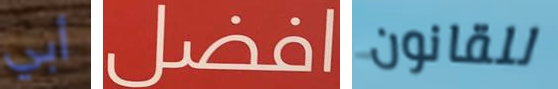
أبي افضل للقانون